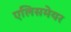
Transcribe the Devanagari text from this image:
एलिसमेयर